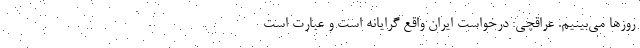
روزها می‌بینیم. عراقچی: درخواست ایران واقع گرایانه است و عبارت است